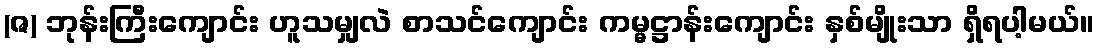
(ဇ) ဘုန်းကြီးကျောင်း ဟူသမျှလဲ စာသင်ကျောင်း ကမ္မဋ္ဌာန်းကျောင်း နှစ်မျိုးသာ ရှိရပါ့မယ်။